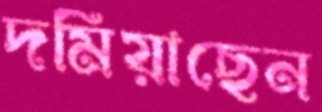
দমিয়াছেন